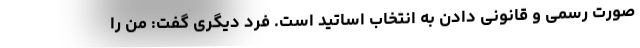
صورت رسمی و قانونی دادن به انتخاب اساتید است. فرد دیگری گفت: من را